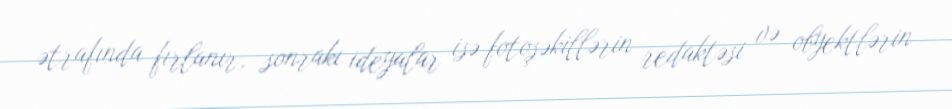
ətrafında fırlanır, sonrakı ideyalar isə fotoşəkillərin redaktəsi və obyektlərin